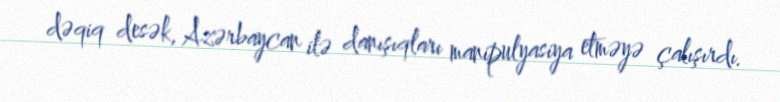
dəqiq desək, Azərbaycan ilə danışıqları manipulyasiya etməyə çalışırdı.